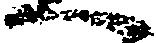
へ